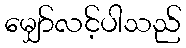
မျှော်လင့်ပါသည်